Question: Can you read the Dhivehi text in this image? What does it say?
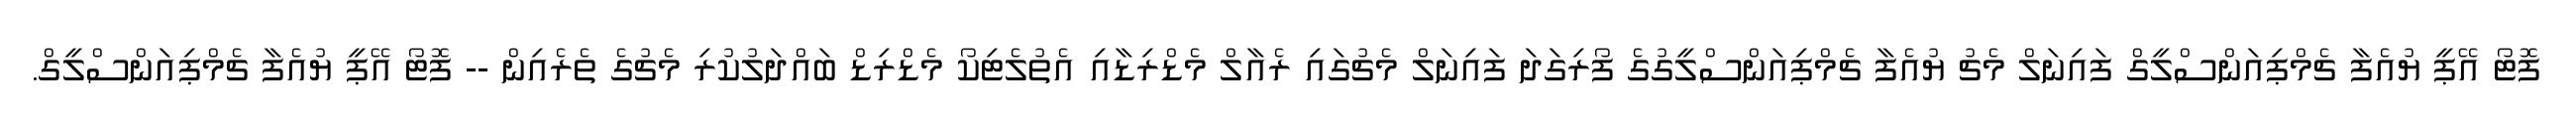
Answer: ފޮޓޯ އޭޕީ ޔުއެފާ ޗެމްޕިއަންސްލީގް ފައިނަލް މެޗު ޔުއެފާ ޗެމްޕިއަންސްލީގުގެ ފޯރިގަދަ ފައިނަލް މެޗުގައި ރެއާލް މެޑްރިޑާއި އެތުލެޓިކޯ މެޑްރިޑް ބައްދަލުކުރި މެޗުގެ ތެރެއިން -- ފޮޓޯ އޭޕީ ޔުއެފާ ޗެމްޕިއަންސްލީގް.